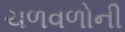
ચળવળોની